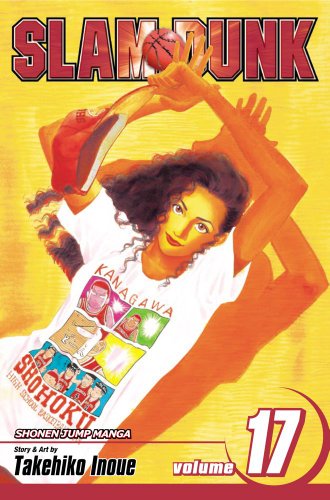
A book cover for Slam Dunk, Vol. 17; Takehiko Inoue; Comics & Graphic Novels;